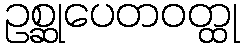
ဥစ္ဆုပေတဝတ္ထု